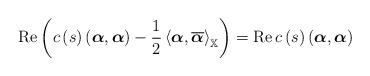
LaTeX: \begin{align*}\operatorname{Re}\left( c\left( s\right) \left(\mbox{\boldmath$ \alpha$},\mbox{\boldmath$ \alpha$}\right) -\frac{1}{2}\left\langle\mbox{\boldmath$ \alpha$},\overline{\mbox{\boldmath$ \alpha$}}\right\rangle _{\mathbb{X}}\right) =\operatorname{Re}c\left( s\right)\left(\mbox{\boldmath$ \alpha$},\mbox{\boldmath$ \alpha$}\right)\end{align*}